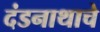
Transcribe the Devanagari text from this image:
दंडनाथाचे